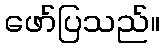
ဖော်ပြသည်။